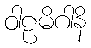
ဝါဠမိဂါနိ